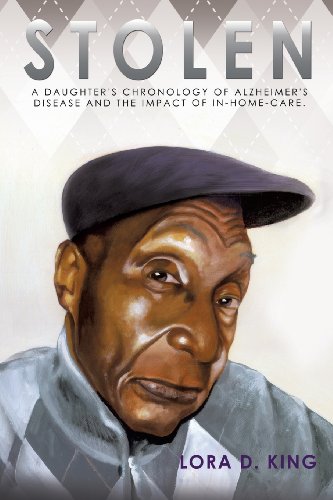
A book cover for Stolen; Lora D. King; Health, Fitness & Dieting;